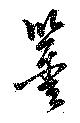
鑒